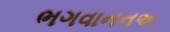
ભગવાનનઅ